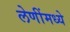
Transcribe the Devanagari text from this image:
लेणींमध्ये